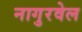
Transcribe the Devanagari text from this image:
नागुरवेल